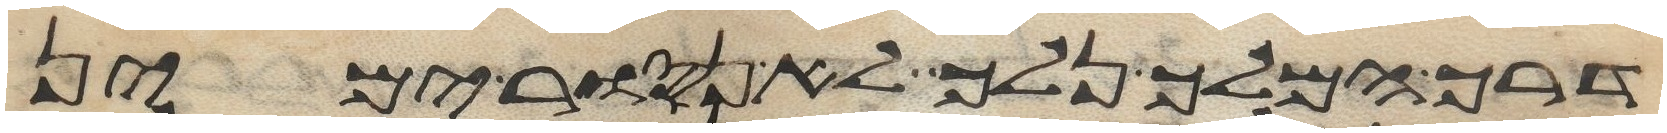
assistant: דרך המלך נלך לא נסור ימין